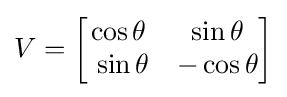
V={\begin{bmatrix}\cos \theta &\sin \theta \\\ \sin \theta &-\cos \theta \end{bmatrix}}